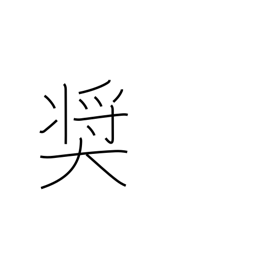
Meaning: exhort